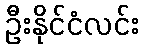
ဦးနိုင်ငံလင်း